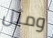
ومثل